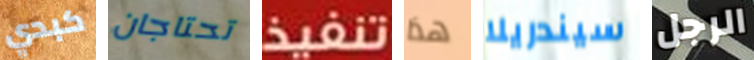
كبدي تحتاجان تنفيذ هذا سيندريلا الرجل